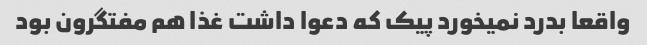
واقعا بدرد نمیخورد پیک که دعوا داشت غذا هم مفتگرون بود